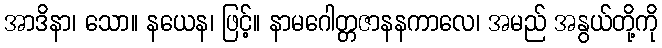
အာဒိနာ၊ သော။ နယေန၊ ဖြင့်။ နာမဂေါတ္တဇာနနကာလေ၊ အမည် အနွယ်တို့ကို